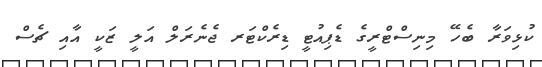
ކުޅިވަރާ ބެހޭ މިނިސްޓްރީގެ ޑެޕިއުޓީ ޑިރެކްޓަރ ޖެނެރަލް އަލީ ޒަކީ އާއި ޗެސް